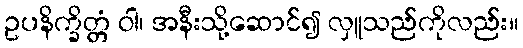
ဥပနိက္ခိတ္တံ ဝါ၊ အနီးသို့ဆောင်၍ လှူသည်ကိုလည်း။